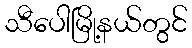
သီပေါမြို့နယ်တွင်